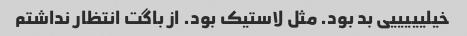
خیلیییییی بد بود. مثل لاستیک بود. از باگت انتظار نداشتم